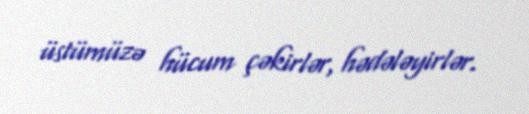
üstümüzə hücum çəkirlər, hədələyirlər.